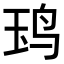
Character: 𬸃